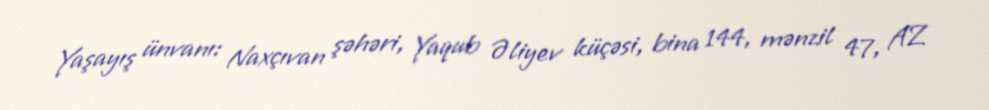
Yaşayış ünvanı: Naxçıvan şəhəri, Yaqub Əliyev küçəsi, bina 144, mənzil 47, AZ